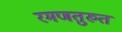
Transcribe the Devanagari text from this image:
रमणतुरुत